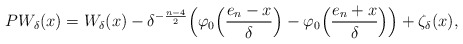
\begin{align*} PW_{\delta}(x)&=W_{\delta}(x)-\delta^{-\frac{n-4}{2}}\Big(\varphi_0\Big(\frac{e_n-x}{\delta}\Big)-\varphi_0\Big(\frac{e_n+x}{\delta}\Big)\Big)+\zeta_\delta(x),\end{align*}